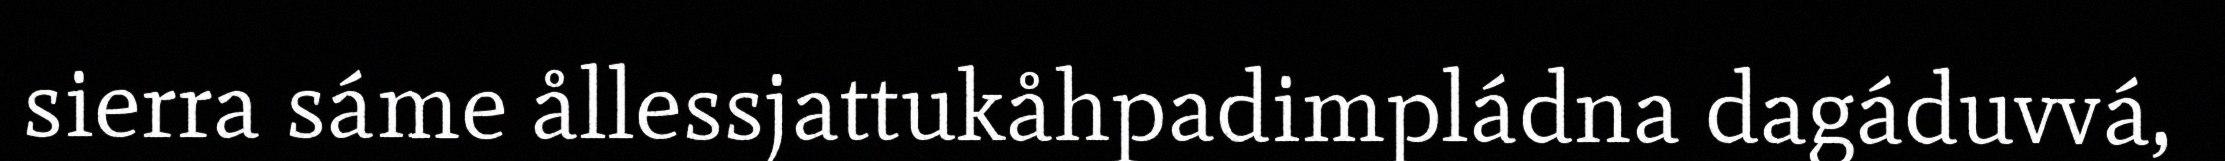
sierra sáme ållessjattukåhpadimpládna dagáduvvá,